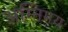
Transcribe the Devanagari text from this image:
अग्निमय